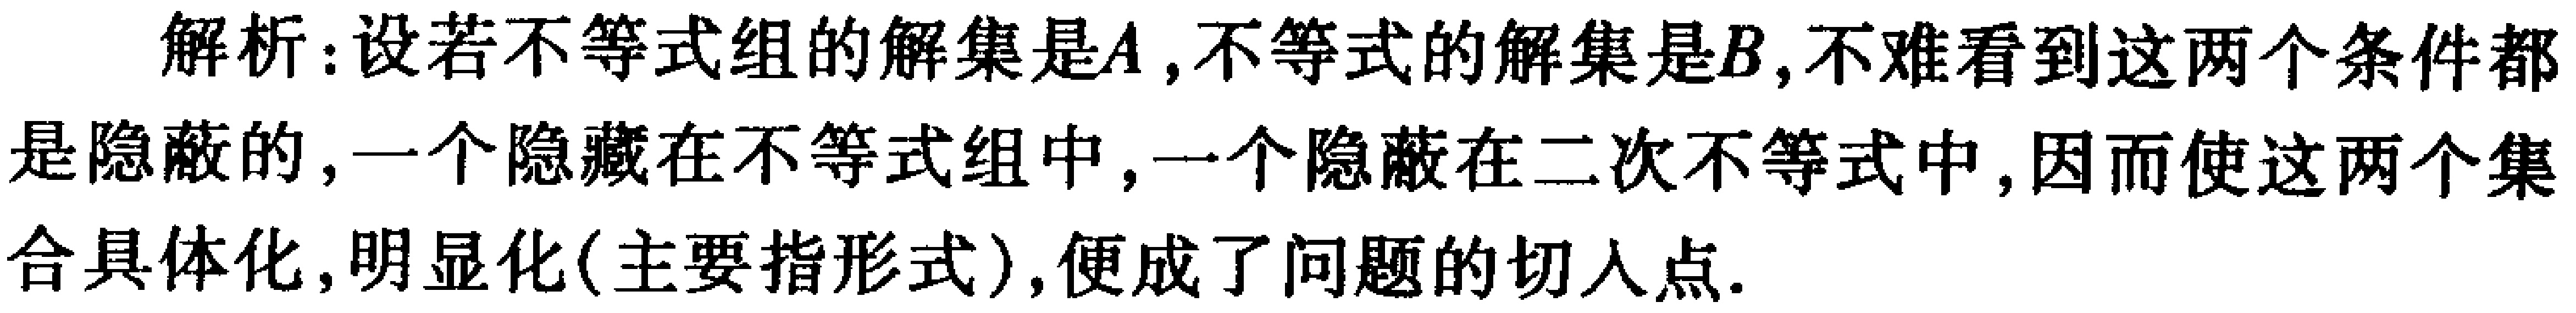
解析：设若不等式组的解集是\(A\) ,不等式的解集是\(B\),不难看到这两个条件都是隐蔽的,一个隐藏在不等式组中,一个隐蔽在二次不等式中,因而使这两个集合具体化,明显化(主要指形式),便成了问题的切入点.